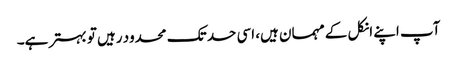
آپ اپنے انکل کے مہمان ہیں، اسی حد تک محدود رہیں تو بہتر ہے۔